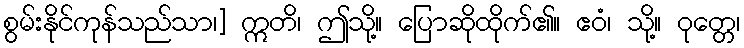
စွမ်းနိုင်ကုန်သည်သာ၊] ဣတိ၊ ဤသို့။ ပြောဆိုထိုက်၏။ ဧဝံ၊ သို့။ ဝုတ္တေ၊